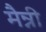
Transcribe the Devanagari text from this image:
मैन्नी